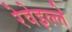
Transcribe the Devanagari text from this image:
रेवेइल्ले